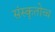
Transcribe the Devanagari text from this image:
संस्कृतोच्च